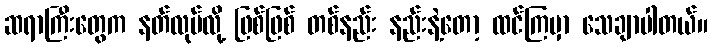
ဆရာကြီးတွေက နတ်လုပ်လို့ ဖြစ်ဖြစ် တစ်နည်း နည်းနဲ့တော့ ထင်ကြမှာ သေချာပါတယ်။